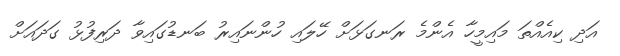
އަދި ކިއެއްތަ މައިމީހާ އެންމެ ރަނގަޅަށް ހޭލައި ހުންނައިރު ބަނޑުގައިވާ ދަރިފުޅު ގަދައަށް